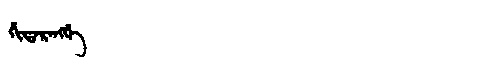
Manchu: ᡥᡳᡩᠠᡵᠠᠩᡤᡝ
Romanization: HIDARANGGE